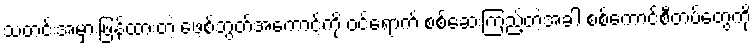
သတင်းအမှားဖြန့်ထားတဲ့ ဖေ့စ်ဘွတ်အကောင့်ကို ဝင်ရောက် စစ်ဆေးကြည့်တဲ့အခါ စစ်ကောင်စီတပ်တွေကို